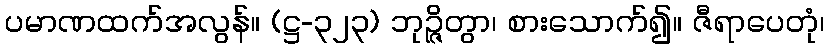
ပမာဏထက်အလွန်။ (ဋ္ဌ-၃၂၃) ဘုဉ္ဇိတွာ၊ စားသောက်၍။ ဇီရာပေတုံ၊